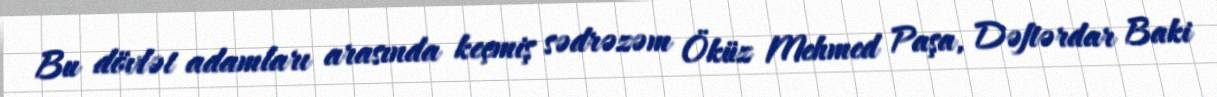
Bu dövlət adamları arasında keçmiş sədrəzəm Öküz Mehmed Paşa, Dəftərdar Baki